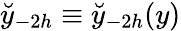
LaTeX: \breve{y}_{-2h}\equiv\breve{y}_{-2h}(y)